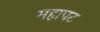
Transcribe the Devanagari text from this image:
महापट